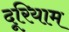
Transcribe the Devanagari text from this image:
दूरियाम